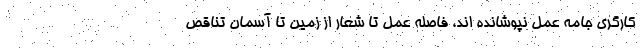
کارگری جامه عمل نپوشانده اند، فاصله عمل تا شعار از زمین تا آسمان تناقص